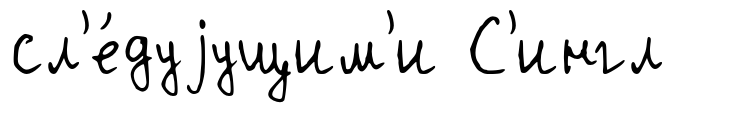
сл'е́дуjущим'и С'ингл